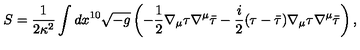
S = \frac { 1 } { 2 \kappa ^ { 2 } } \int d x ^ { 1 0 } \sqrt { - g } \left( - \frac { 1 } { 2 } \nabla _ { \mu } \tau \nabla ^ { \mu } \bar { \tau } - \frac { i } { 2 } ( \tau - \bar { \tau } ) \nabla _ { \mu } \tau \nabla ^ { \mu } \bar { \tau } \right) ,